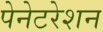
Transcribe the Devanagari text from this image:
पेनेटरेशन